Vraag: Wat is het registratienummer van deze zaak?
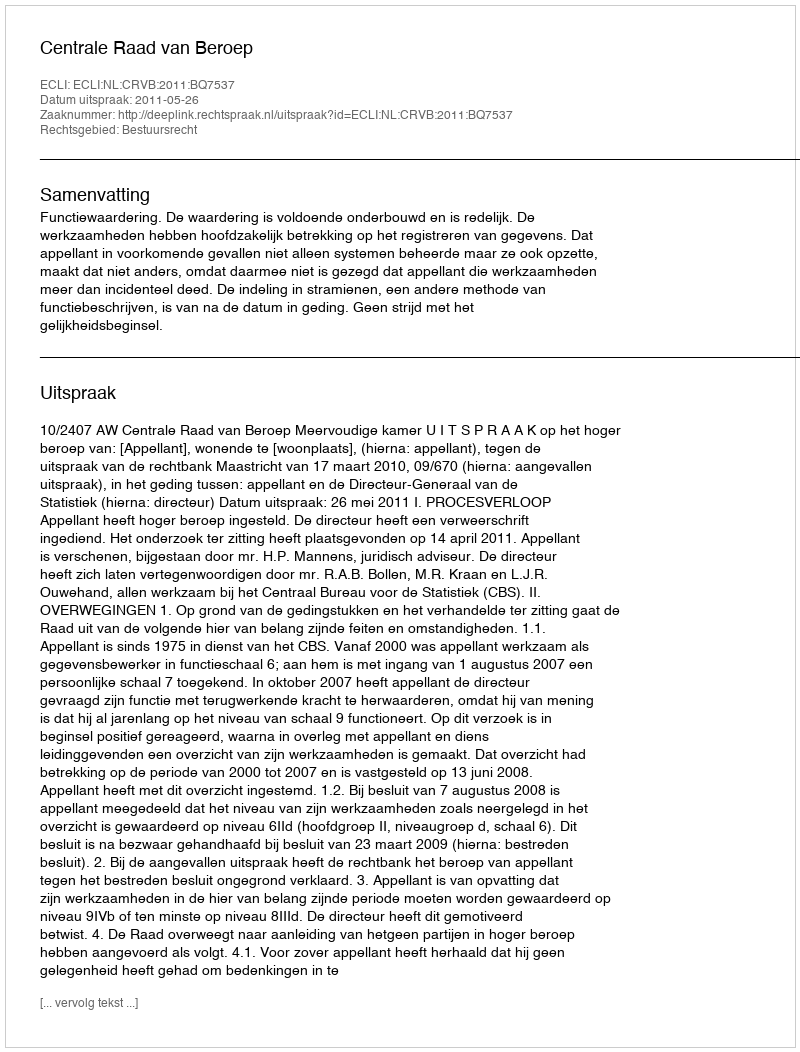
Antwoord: http://deeplink.rechtspraak.nl/uitspraak?id=ECLI:NL:CRVB:2011:BQ7537